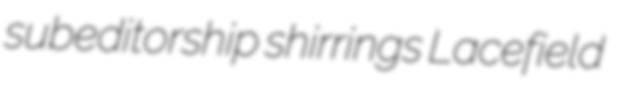
subeditorship shirrings Lacefield